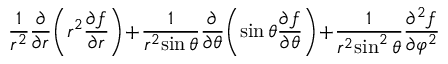
{ \frac { 1 } { r ^ { 2 } } } { \frac { \partial } { \partial r } } \! \left( r ^ { 2 } { \frac { \partial f } { \partial r } } \right) \! + \! { \frac { 1 } { r ^ { 2 } \! \sin \theta } } { \frac { \partial } { \partial \theta } } \! \left( \sin \theta { \frac { \partial f } { \partial \theta } } \right) \! + \! { \frac { 1 } { r ^ { 2 } \! \sin ^ { 2 } \theta } } { \frac { \partial ^ { 2 } f } { \partial \varphi ^ { 2 } } }